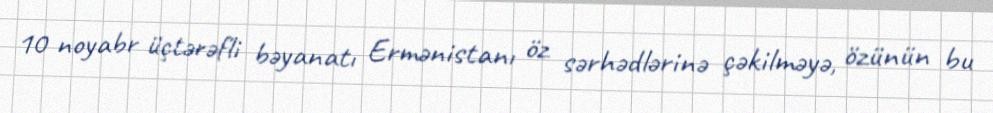
10 noyabr üçtərəfli bəyanatı Ermənistanı öz sərhədlərinə çəkilməyə, özünün bu